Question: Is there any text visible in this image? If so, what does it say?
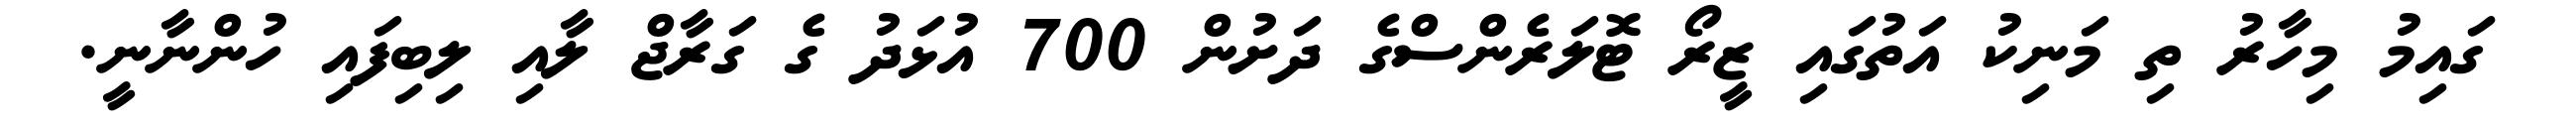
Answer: ގައިމު މިހާރު ތި މަނިކު އަތުގައި ޒީރޯ ޓޮލަރެންސްގެ ދަށުން 700 އުޅަދު ގެ ގަރާޖް ލާއި ލިބިފައި ހުންނާނީ.